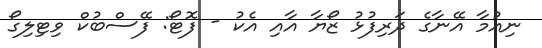
ނިއުމާ އޭނާގެ ދަރިފުޅު ޒޯޔާ އާއި އެކު - ފޮޓޯ: ފޭސްބުކް ވިޓިލިގޯ